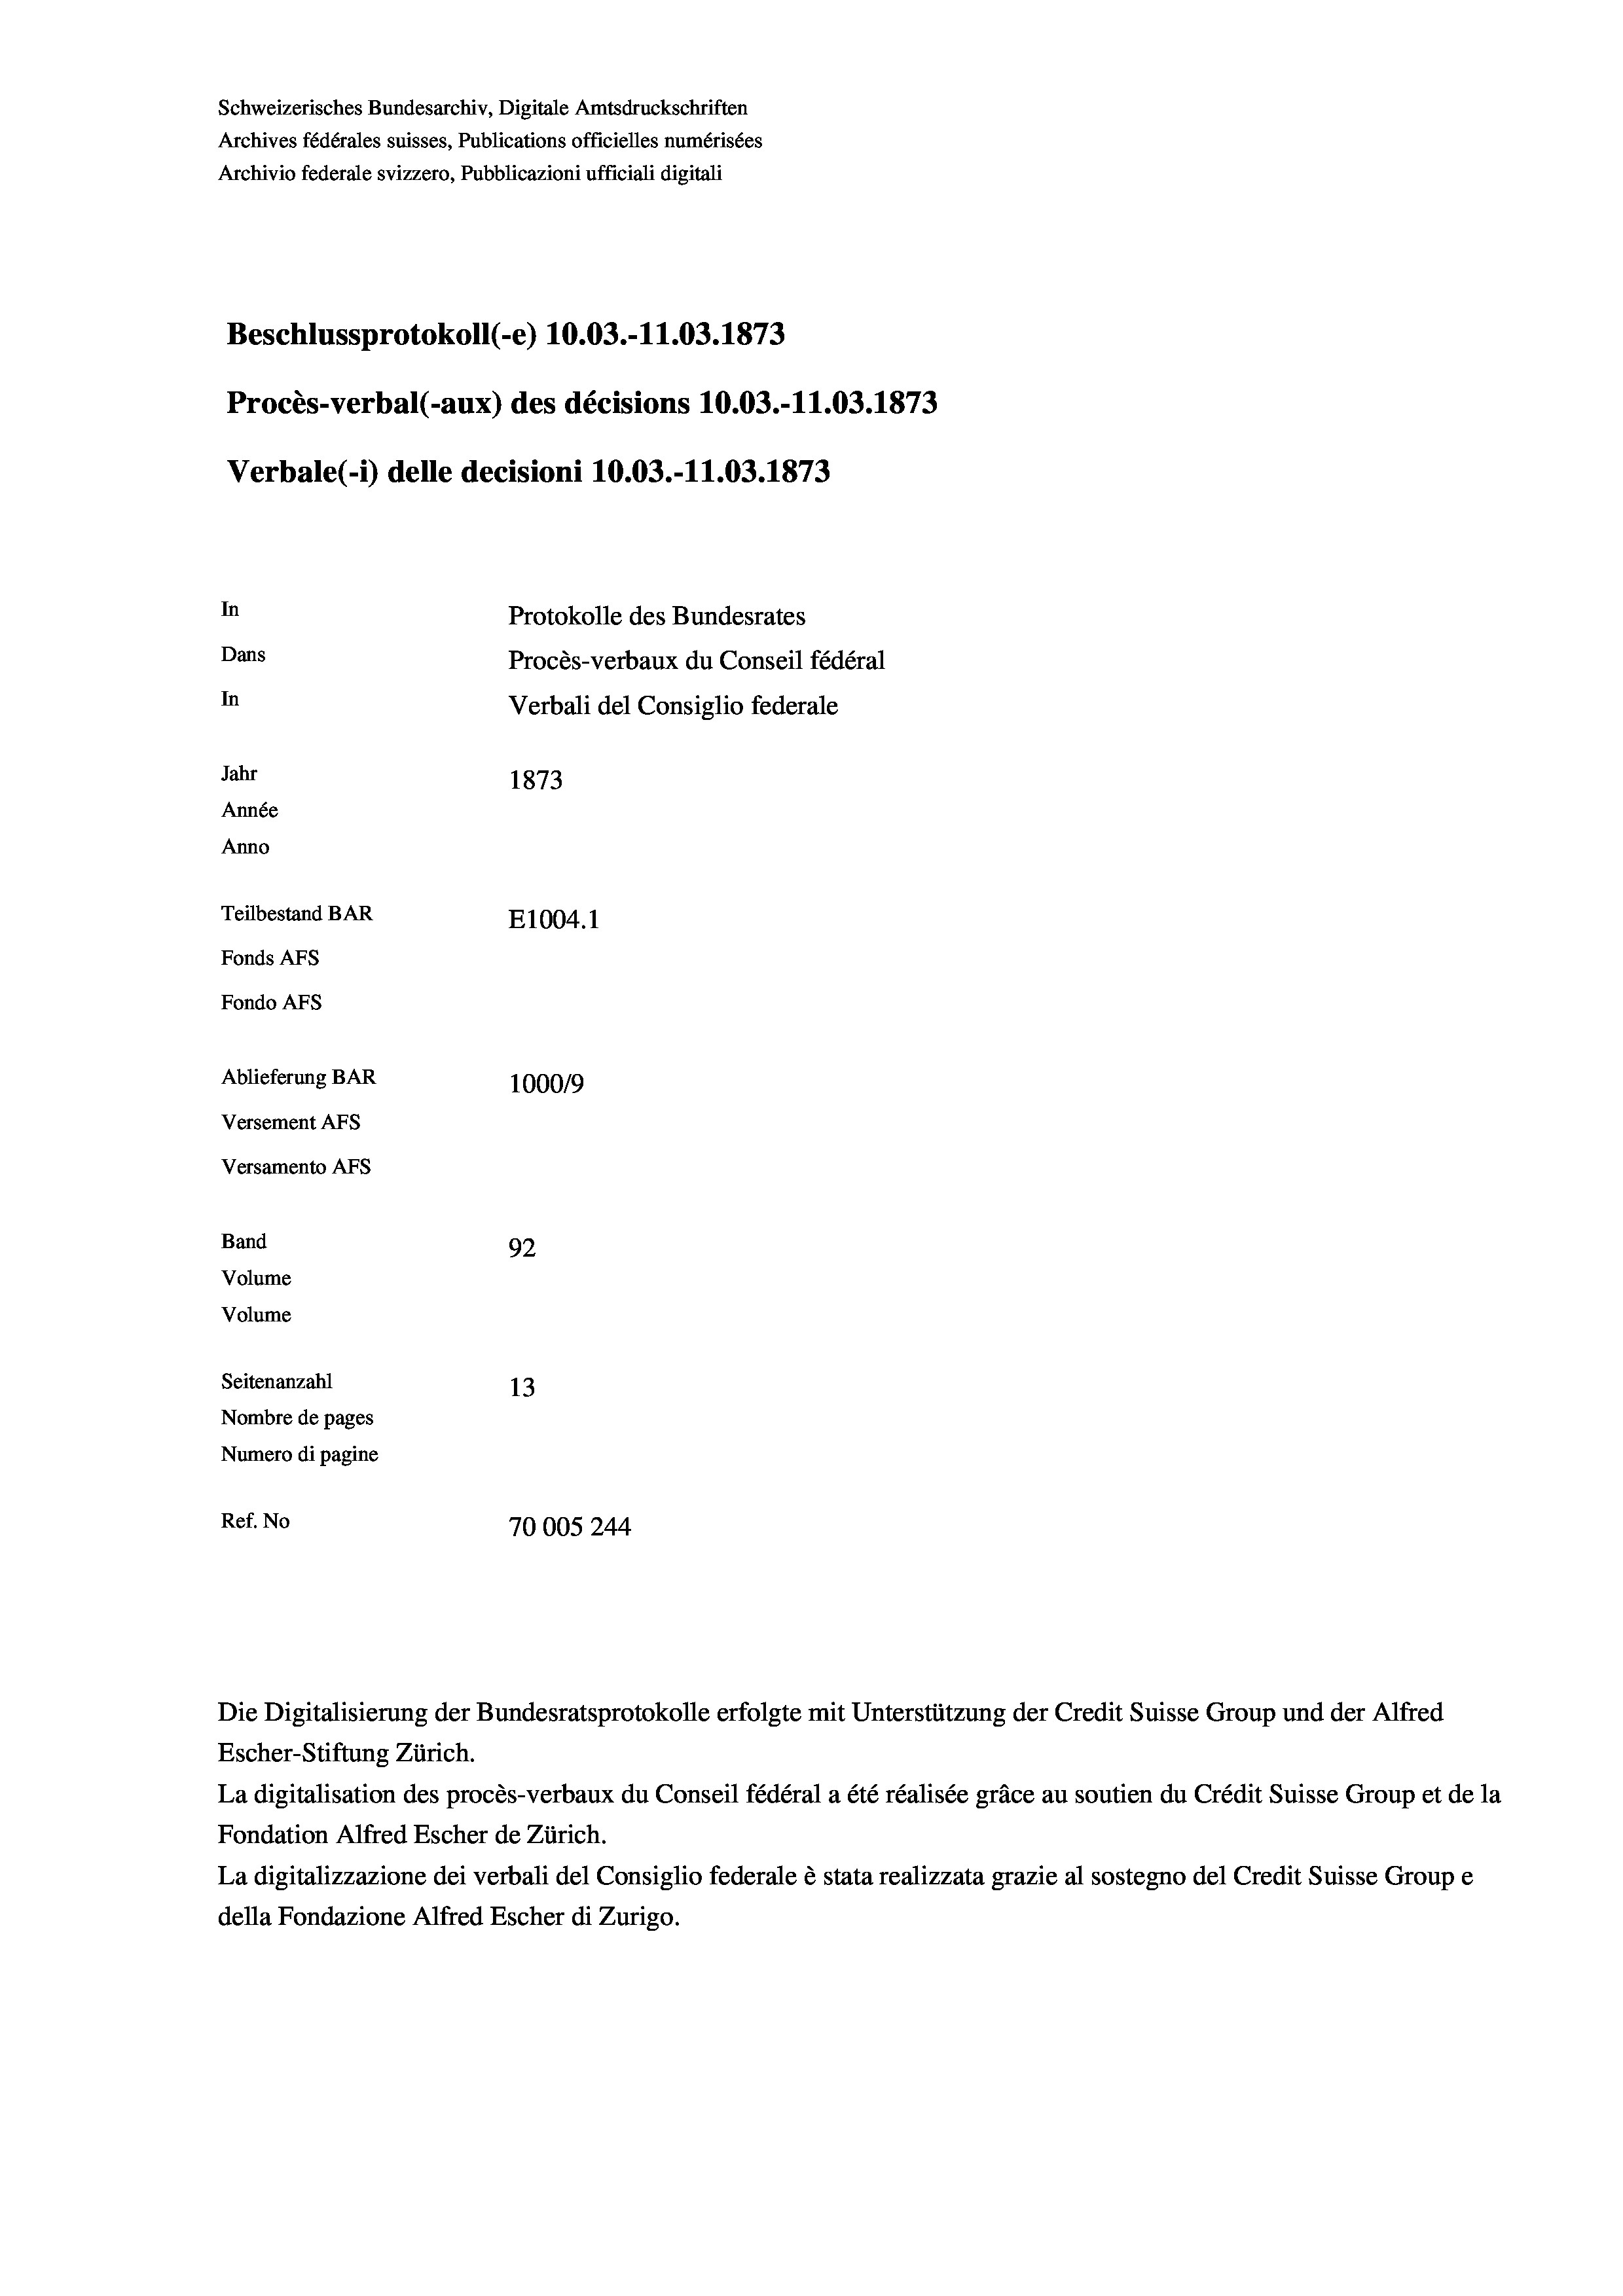
Beschlussprotokoll (-e) 10.03.-11.03. 1873
Procès-verbal (-aux) des décisions 10.03.-11.03. 1873
Verbale(-*) delle decisioni 10.03.-11.03. 1873
In
Protokolle des Bundesrates
Dans
Procès-verbaux du Conseil fédéral
In
Verbali del Consiglio federale
Jahr
1873
Année
Anno
Teilbestand BAR
E1004. 1
Fonds AFs
Fondo AFS
Ablieferung BAR
100019
Versement AFs

Versamento AFs
Band

92
Seitenanzahl
13
Nombre de pages
Numero di pagine
Ref. No
70005244

Volume
Volume

Schweizerisches Bundesarchiv, Digitale Amtsdruckschriften
Archives fédérales suisses, Publications officielles numérisées
Archivio federale svizzero, Pubblicazioni ufficiali digitali

Escher-Stiftung Zürich.
La digitalisation des procès-verbaux du Conseil fédéral a été réalisée gräce au soutien du Crédit Suisse Group et de la
Fondation Alfred Escher de Zürich.
La digitalizzazione dei verbali del Consiglio federale è stata realizzata grazie al sostegno del Credit Suisse Groupe
della Fondazione Alfred Escher di Zurigo.

Die Digitalisierung der Bundesratsprotokolle erfolgte mit Unterstützung der Credit Suisse Group und der Alfred